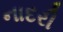
નાદરી